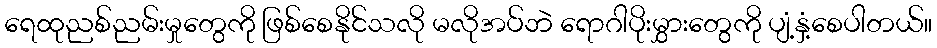
ရေထုညစ်ညမ်းမှုတွေကို ဖြစ်စေနိုင်သလို မလိုအပ်ဘဲ ရောဂါပိုးမွှားတွေကို ပျံ့နှံ့စေပါတယ်။